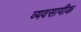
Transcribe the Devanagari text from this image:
व्यवसायीक